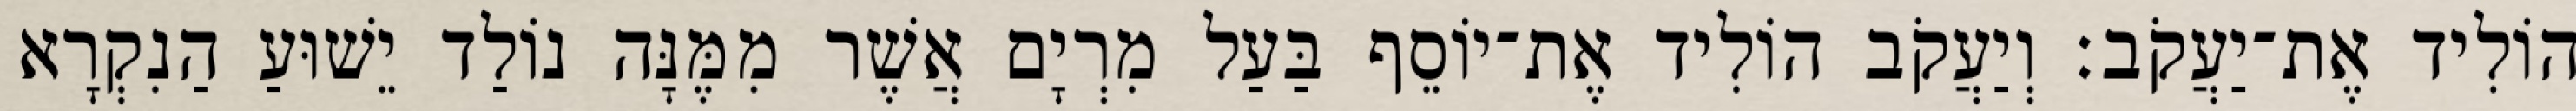
הוֹלִיד אֶת־יַעֲקֹב׃ וְיַעֲקֹב הוֹלִיד אֶת־יוֹסֵף בַּעַל מִרְיָם אֲשֶׁר מִמֶּנָּה נוֹלַד יֵשׁוּעַ הַנִקְרָא